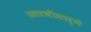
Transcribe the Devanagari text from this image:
उतरणीमार्गे